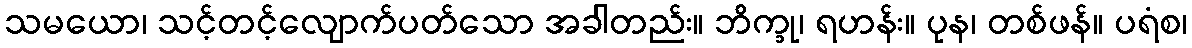
သမယော၊ သင့်တင့်လျောက်ပတ်သော အခါတည်း။ ဘိက္ခု၊ ရဟန်း။ ပုန၊ တစ်ဖန်။ ပရံစ၊